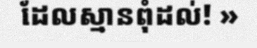
ដែលស្មានពុំដល់! »